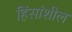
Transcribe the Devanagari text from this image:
हिंसांशील